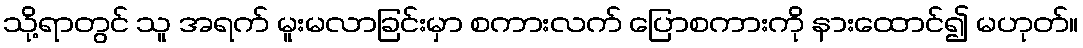
သို့ရာတွင် သူ အရက် မူးမလာခြင်းမှာ စကားလက် ပြောစကားကို နားထောင်၍ မဟုတ်။